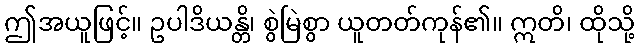
ဤအယူဖြင့်။ ဥပါဒိယန္တိ၊ စွဲမြဲစွာ ယူတတ်ကုန်၏။ ဣတိ၊ ထိုသို့